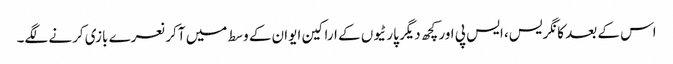
اس کے بعد کانگریس، ایس پی اور کچھ دیگر پارٹیوں کے اراکین ایوان کے وسط میں آکر نعرے بازی کرنے لگے۔